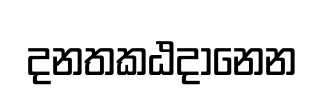
දනතකඨදානෙන